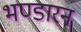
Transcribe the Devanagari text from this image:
भण्डारन